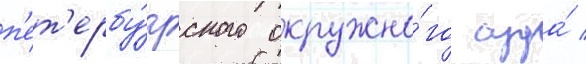
п'ет'ербу́ргского окружно́го суда́ /